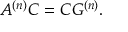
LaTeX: A ^ { ( n ) } C = C G ^ { ( n ) } .